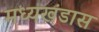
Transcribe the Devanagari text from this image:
मध्यखंडास